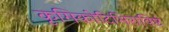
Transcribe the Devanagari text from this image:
कृमिकोटिभिराविष्टं